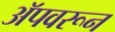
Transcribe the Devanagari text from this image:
अॅपवरून